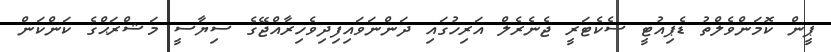
ޕީން ކޮމަންވެލްތު ޑެޕިއުޓީ ސެކެޓަރީ ޖެނެރެލް އަރިހުގައި ދަންނަވައިފިދިވެހިރާއްޖޭގެ ސިޔާސީ މަޝްރަޙްގެ ކަންކަން